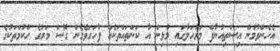
އެހެންވުމުން އިސްތިއުނާފް މަރުހަލާގައި މުޅިން އާ ކަންތައްތަކެއް ފާހަގަވެގެން ގޮސް މަރުގެ ހުކުމްތަކުގެ